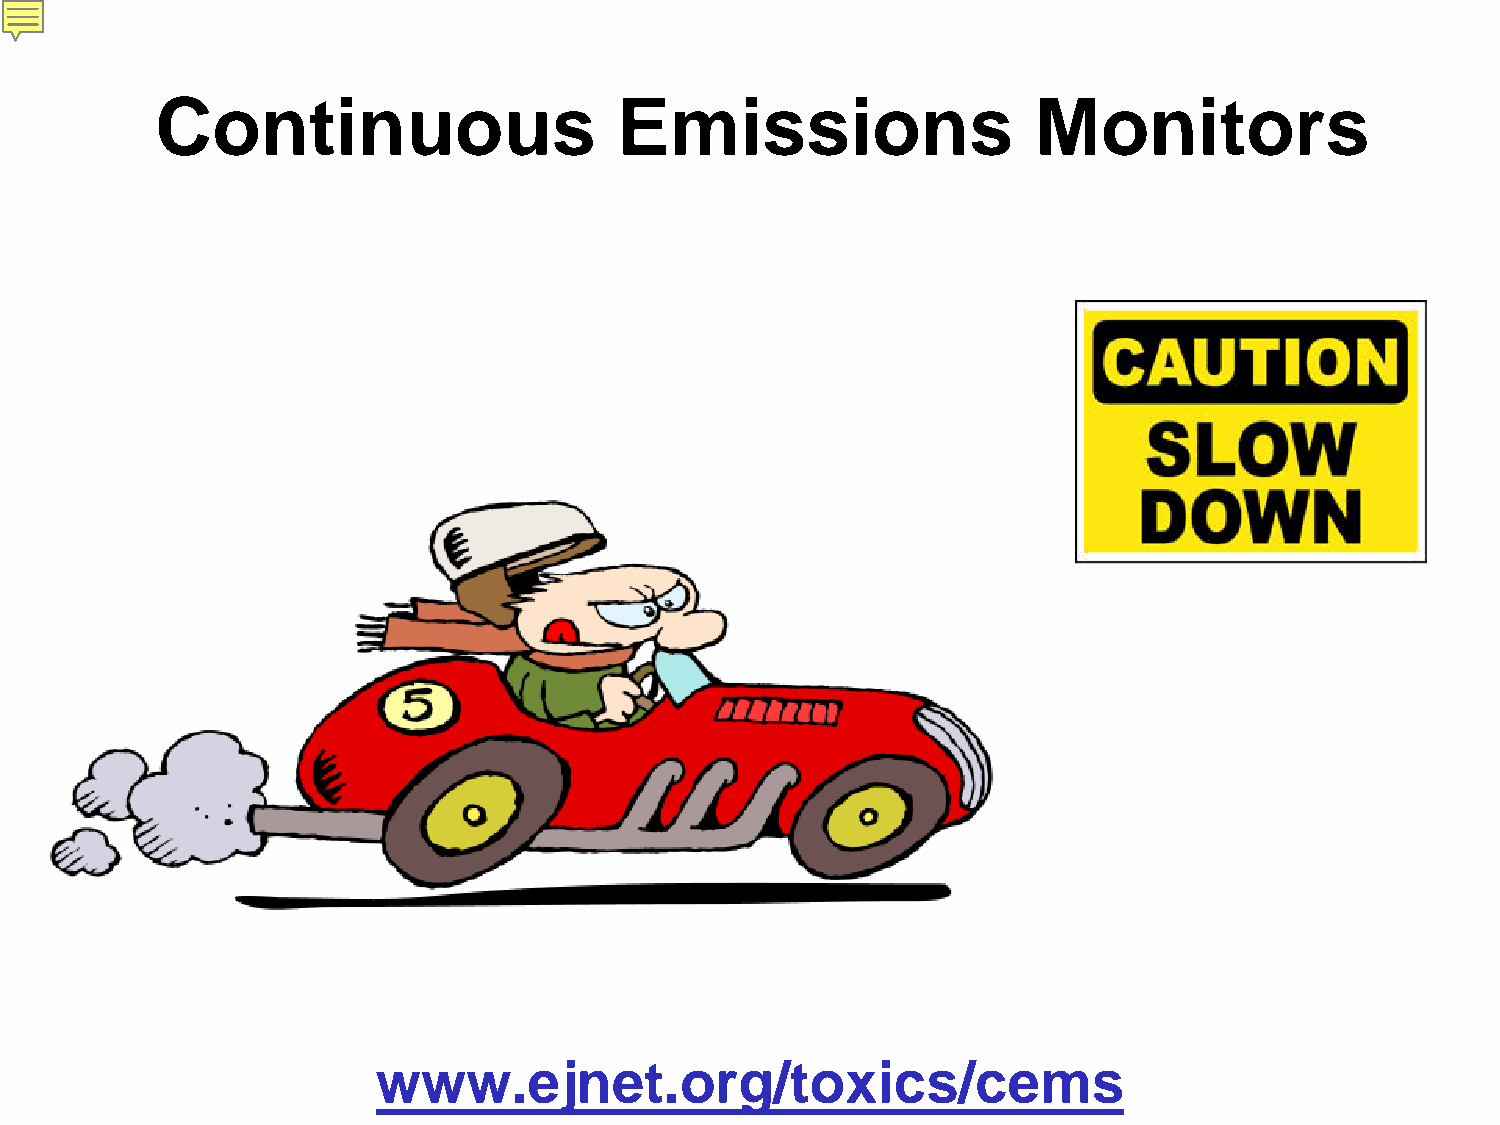
Continuous                     Emissions                   Monitors
 www.ejnet.org/toxics/cems